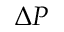
\Delta P